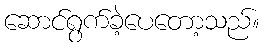
ဆောင်ရွက်ခဲ့ပေတော့သည်။